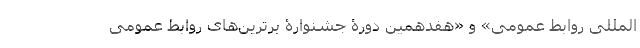
المللی روابط عمومی» و «هفدهمین دورۀ جشنوارۀ برترین‌های روابط عمومی